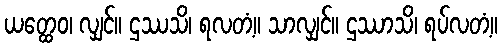
ယတ္ထေဝ၊ လျှင်။ ဌဿသိ၊ ရလတံ့။ သာလျှင်။ ဌဿာသိ၊ ရပ်လတံ့။